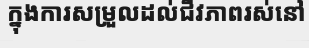
ក្នុងការសម្រួលដល់ជីវភាពរស់នៅ